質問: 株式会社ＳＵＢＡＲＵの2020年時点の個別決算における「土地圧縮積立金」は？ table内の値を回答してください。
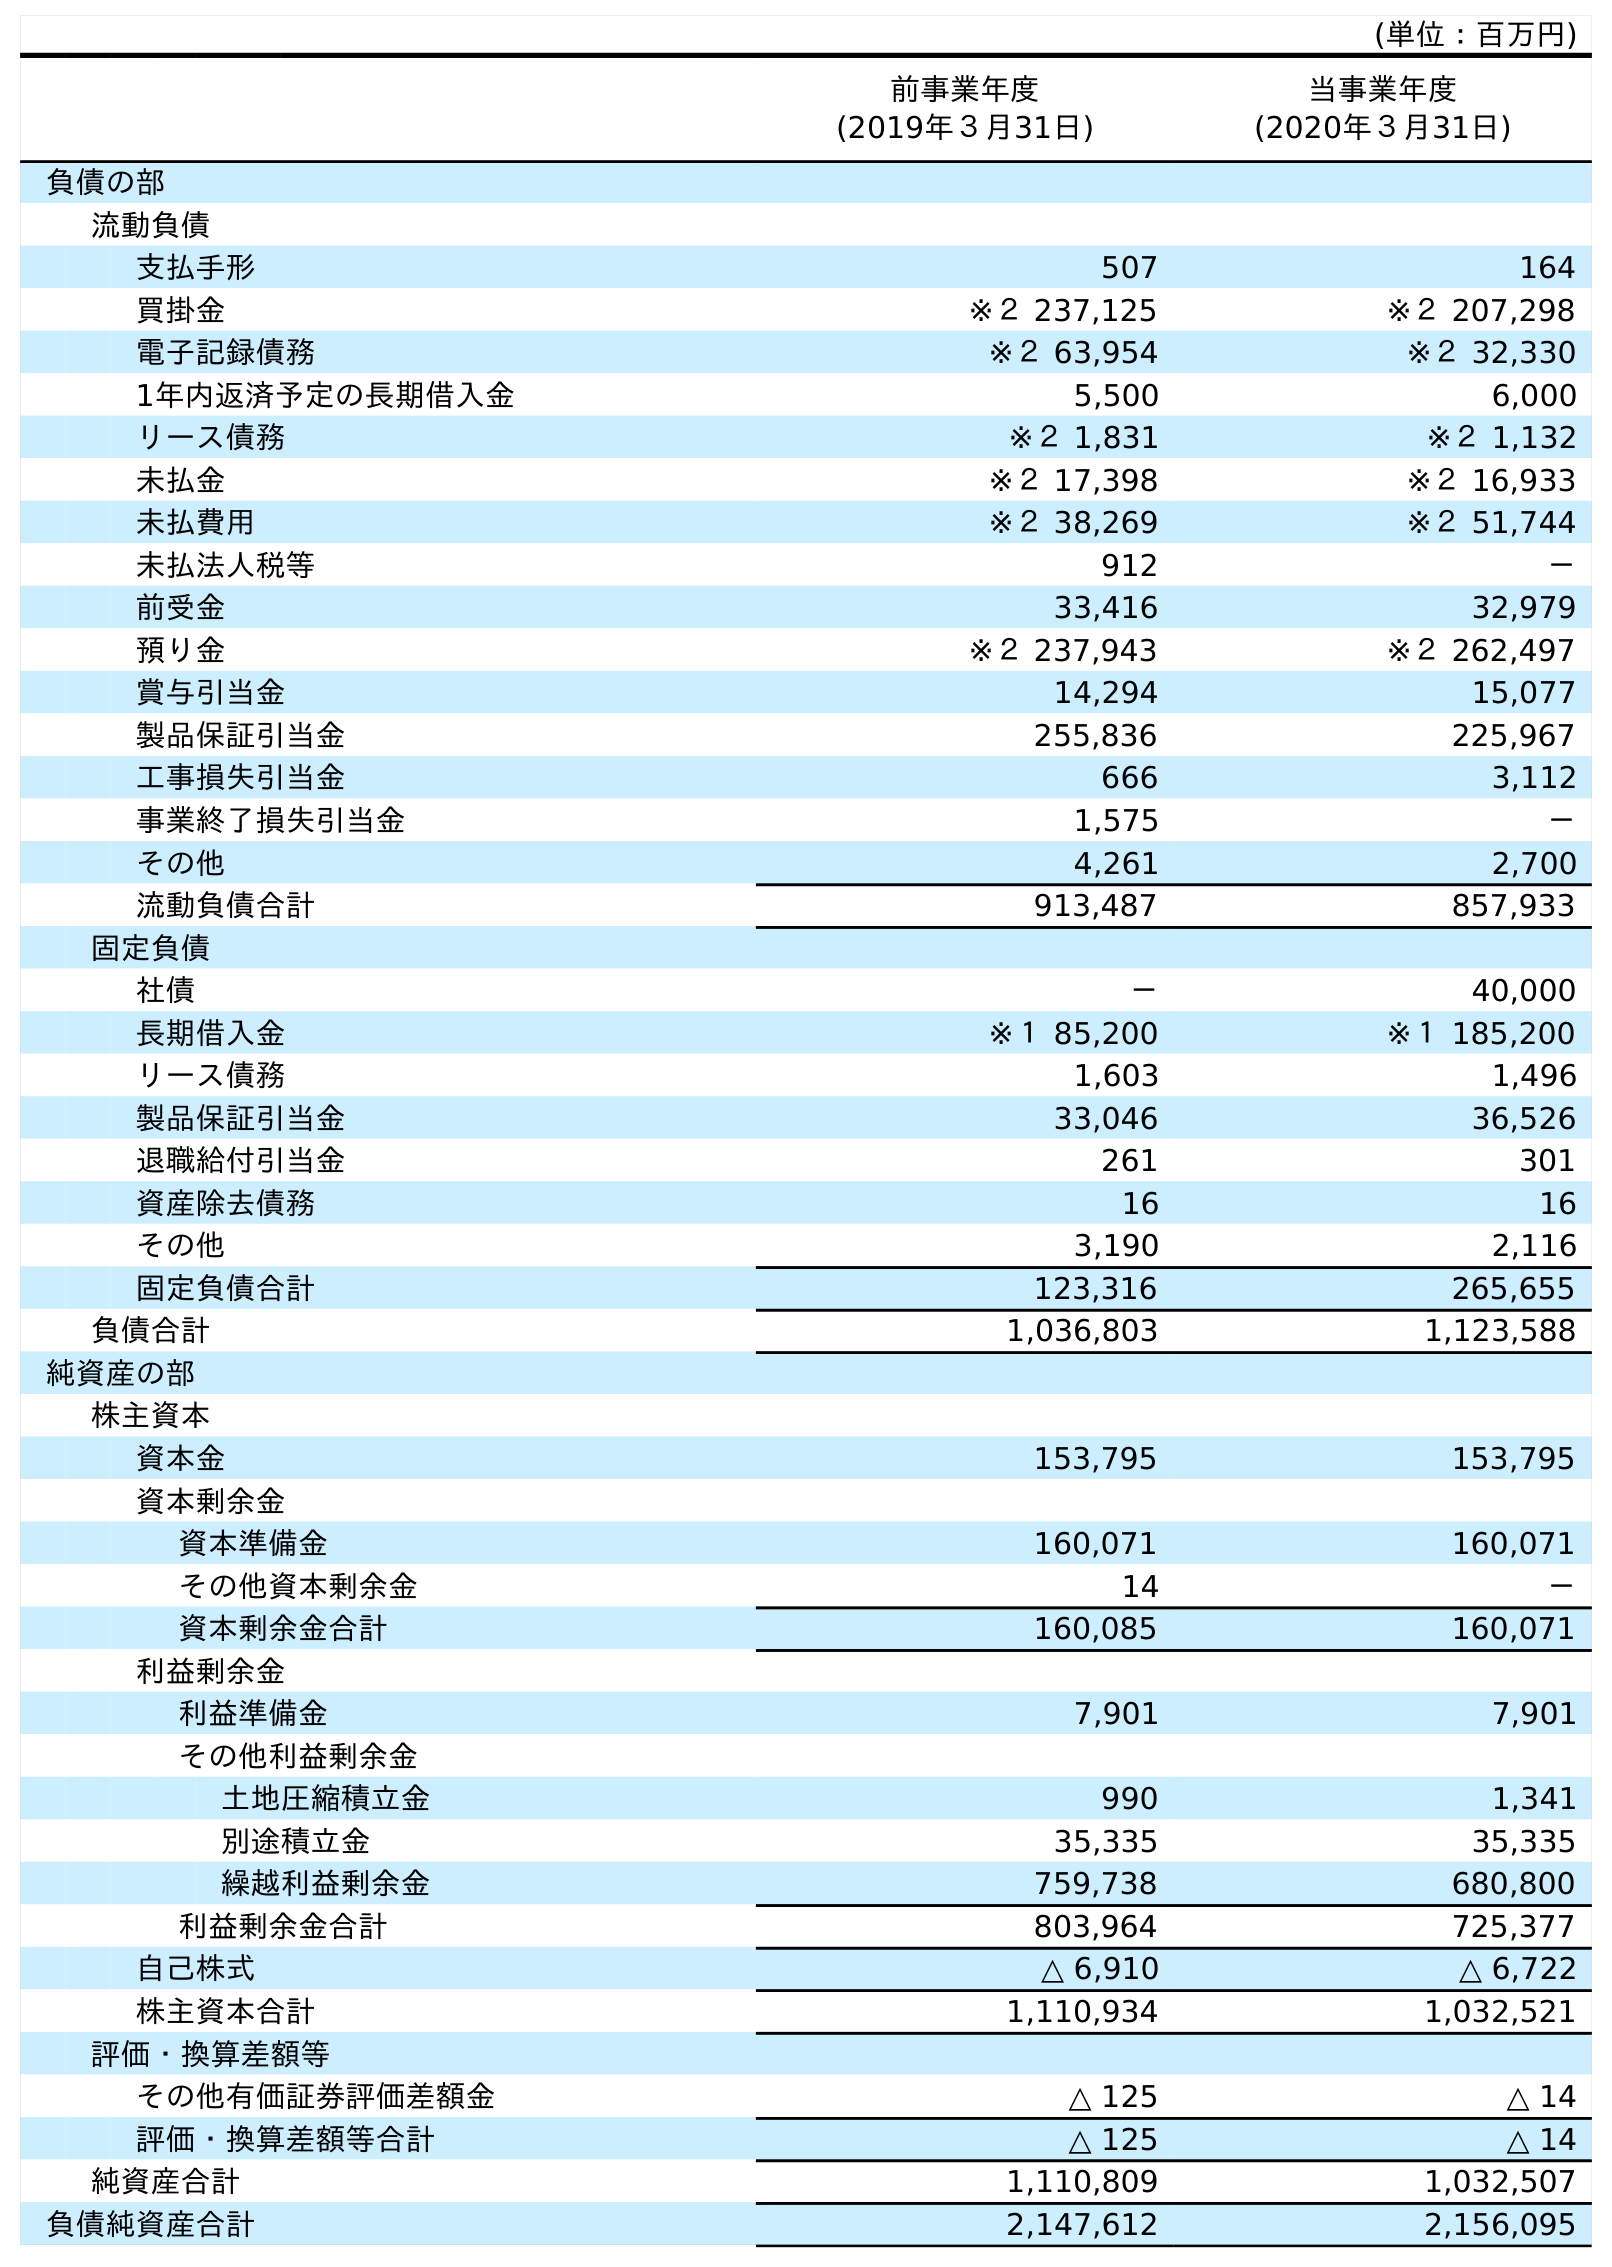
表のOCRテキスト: (単位：百万円) 前事業年度 (2019年３月31日) 当事業年度 (2020年３月31日) 負債の部 流動負債 支払手形 507 164 買掛金 ※２ 237,125 ※２ 207,298 電子記録債務 ※２ 63,954 ※２ 32,330 1年内返済予定の長期借入金 5,500 6,000 リース債務 ※２ 1,831 ※２ 1,132 未払金 ※２ 17,398 ※２ 16,933 未払費用 ※２ 38,269 ※２ 51,744 未払法人税等 912 － 前受金 33,416 32,979 預り金 ※２ 237,943 ※２ 262,497 賞与引当金 14,294 15,077 製品保証引当金 255,836 225,967 工事損失引当金 666 3,112 事業終了損失引当金 1,575 － その他 4,261 2,700 流動負債合計 913,487 857,933 固定負債 社債 － 40,000 長期借入金 ※１ 85,200 ※１ 185,200 リース債務 1,603 1,496 製品保証引当金 33,046 36,526 退職給付引当金 261 301 資産除去債務 16 16 その他 3,190 2,116 固定負債合計 123,316 265,655 負債合計 1,036,803 1,123,588 純資産の部 株主資本 資本金 153,795 153,795 資本剰余金 資本準備金 160,071 160,071 その他資本剰余金 14 － 資本剰余金合計 160,085 160,071 利益剰余金 利益準備金 7,901 7,901 その他利益剰余金 土地圧縮積立金 990 1,341 別途積立金 35,335 35,335 繰越利益剰余金 759,738 680,800 利益剰余金合計 803,964 725,377 自己株式 △ 6,910 △ 6,722 株主資本合計 1,110,934 1,032,521 評価・換算差額等 その他有価証券評価差額金 △ 125 △ 14 評価・換算差額等合計 △ 125 △ 14 純資産合計 1,110,809 1,032,507 負債純資産合計 2,147,612 2,156,095
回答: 1,341